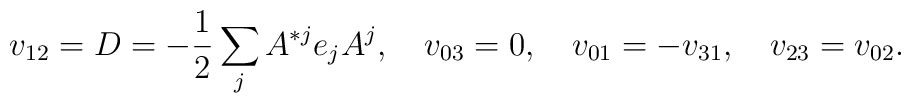
v_{12}=D=-{1 \over 2} \sum_j A^{*j} e_j A^j, \quad v_{03}=0, \quad v_{01}=-v_{31}, \quad v_{23}=v_{02}.